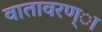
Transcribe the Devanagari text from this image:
वातावरण्ा